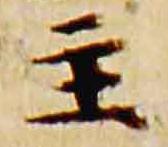
主